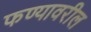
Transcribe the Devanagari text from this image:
फण्यावरील